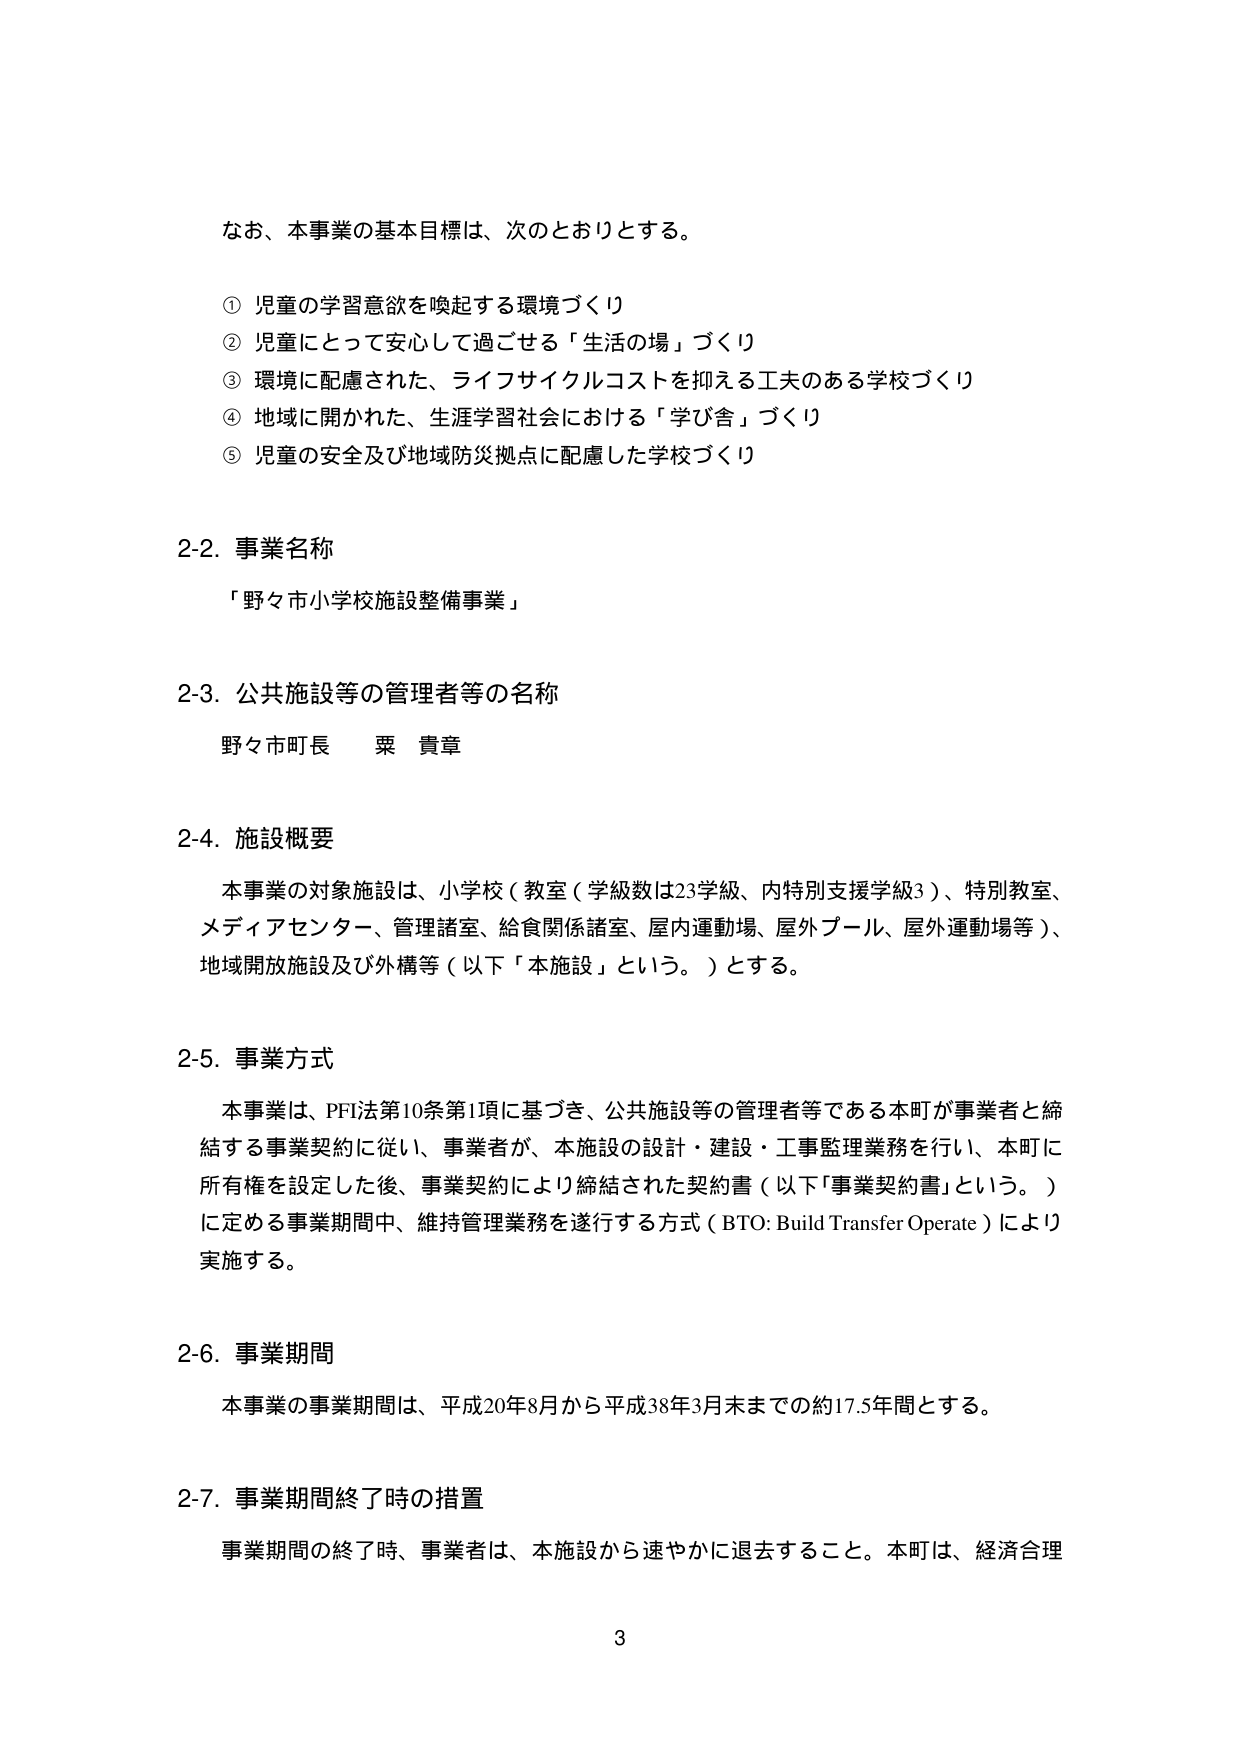
なお、本事業の基本目標は、次のとおりとする。

① 児童の学習意欲を喚起する環境づくり
② 児童にとって安心して過ごせる「生活の場」づくり
③ 環境に配慮された、ライフサイクルコストを抑える工夫のある学校づくり
④ 地域に開かれた、生涯学習社会における「学び舎」づくり
⑤ 児童の安全及び地域防災拠点に配慮した学校づくり

2-2. 事業名称
「野々市小学校施設整備事業」

2-3. 公共施設等の管理者等の名称
野々市町長 粟 貴章

2-4. 施設概要
本事業の対象施設は、小学校（教室（学級数は23学級、内特別支援学級3）、特別教室、メディアセンター、管理諸室、給食関係諸室、屋内運動場、屋外プール、屋外運動場等）、地域開放施設及び外構等（以下「本施設」という。）とする。

2-5. 事業方式
本事業は、PFI法第10条第1項に基づき、公共施設等の管理者等である本町が事業者と締結する事業契約に従い、事業者が、本施設の設計・建設・工事監理業務を行い、本町に所有権を設定した後、事業契約により締結された契約書（以下「事業契約書」という。）に定める事業期間中、維持管理業務を遂行する方式（BTO: Build Transfer Operate）により実施する。

2-6. 事業期間
本事業の事業期間は、平成20年8月から平成38年3月末までの約17.5年間とする。

2-7. 事業期間終了時の措置
事業期間の終了時、事業者は、本施設から速やかに退去すること。本町は、経済合理

3